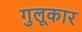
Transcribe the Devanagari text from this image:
गुलूकार